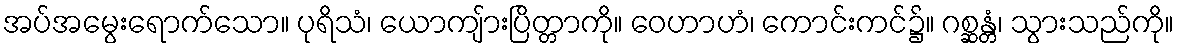
အပ်အမွေးရောက်သော။ ပုရိသံ၊ ယောကျ်ားပြိတ္တာကို။ ဝေဟာဟံ၊ ကောင်းကင်၌။ ဂစ္ဆန္တံ၊ သွားသည်ကို။